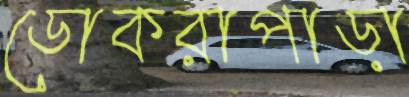
ডোকরাপাড়া